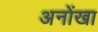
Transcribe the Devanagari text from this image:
अनोंखा